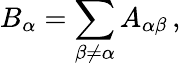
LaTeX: B_{\alpha}=\sum_{\beta\neq\alpha}A_{\alpha\beta}\, ,